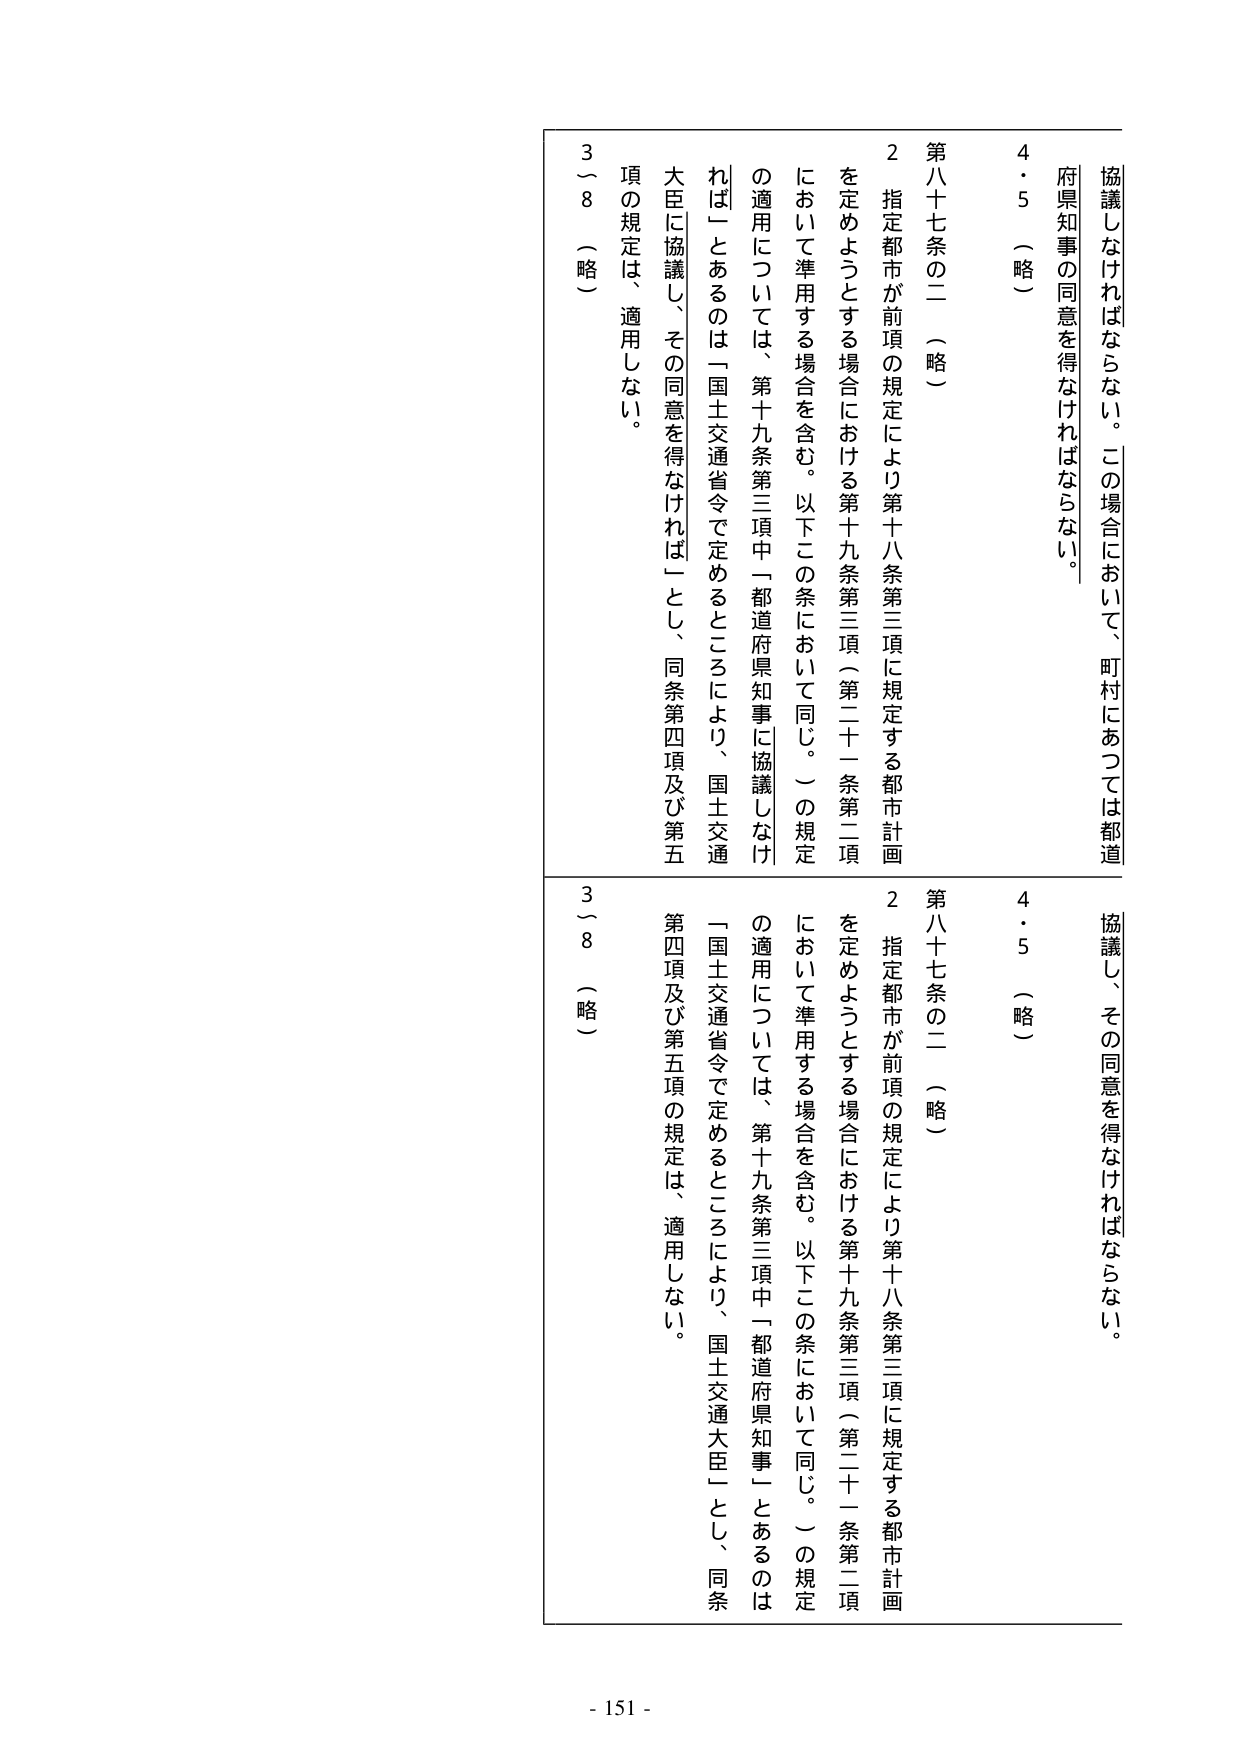
協議しなければならない。この場合において、町村にあっては都道
府県知事の同意を得なければならない。
4・5（略）
第八十七条の二（略）
2 指定都市が前項の規定により第十八条第三項に規定する都市計画
を定めようとする場合における第十九条第三項（第二十一条第二項
において準用する場合を含む。以下この条において同じ。）の規定
の適用については、第十九条第三項中「都道府県知事に協議しなけ
れば」とあるのは「国土交通省令で定めるところにより、国土交通
大臣に協議し、その同意を得なければ」とし、同条第四項及び第五
項の規定は、適用しない。
3～8（略）

協議し、その同意を得なければならない。
4・5（略）
第八十七条の二（略）
2 指定都市が前項の規定により第十八条第三項に規定する都市計画
を定めようとする場合における第十九条第三項（第二十一条第二項
において準用する場合を含む。以下この条において同じ。）の規定
の適用については、第十九条第三項中「都道府県知事」とあるのは
「国土交通省令で定めるところにより、国土交通大臣」とし、同条
第四項及び第五項の規定は、適用しない。
3～8（略）

- 151 -